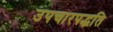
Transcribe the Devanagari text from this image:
उपचारपद्धति